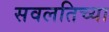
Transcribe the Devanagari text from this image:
सवलतिच्या